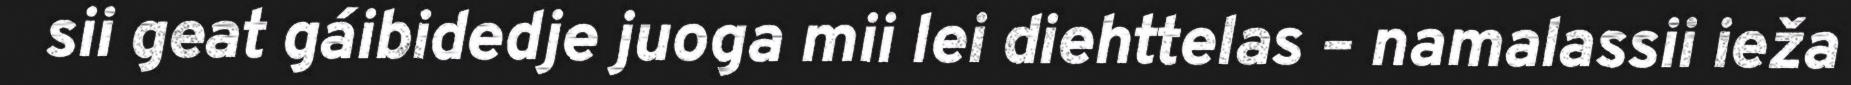
sii geat gáibidedje juoga mii lei diehttelas – namalassii ieža